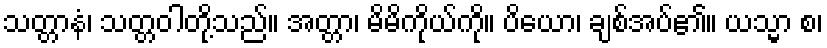
သတ္တာနံ၊ သတ္တဝါတို့သည်။ အတ္တာ၊ မိမိကိုယ်ကို။ ပိယော၊ ချစ်အပ်၏။ ယသ္မာ စ၊